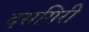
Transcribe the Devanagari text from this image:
दसगिरी